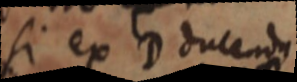
si ex D ducendo